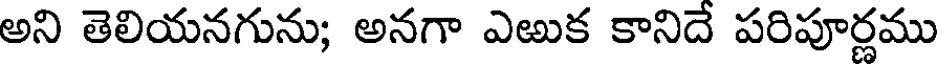
అని తెలియనగును; అనగా ఎఱుక కానిదే పరిపూర్ణము